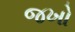
જખો